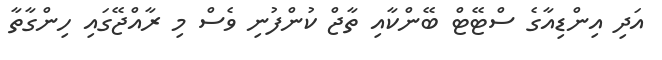
އަދި އިންޑިއާގެ ސްޓޭޓް ބޭންކާއި ތާޖް ކުންފުނި ވެސް މި ރާއްޖޭގައި ހިންގާތާ